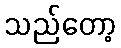
သည်တော့